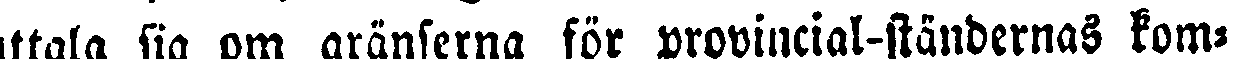
uttala sig om gränserna för provincial-ständernas kom-